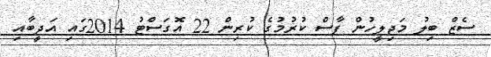
ސެޒް ބިލު މަޖިލީހުން ފާސް ކުރުމުގެ ކުރިން 22 އޮގަސްޓު 2014ގައި އަދީބާއި